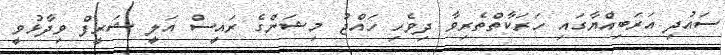
ސައުދި އަރަބިއްޔާގައި ހަރަކާތްތެރިވާ ދިވެހި ހައްޖު މިޝަންގެ ރައީސް އަލީ ޝަރީފް ވިދާޅުވީ